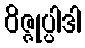
ဝိဇ္ဇုပ္ပါဒါ